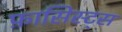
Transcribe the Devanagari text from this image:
फ़ासिस्ट्स